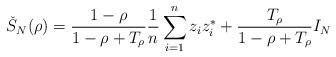
LaTeX: \begin{align*}\check{S}_N(\rho) &= \frac{1-\rho}{1-\rho+T_\rho} \frac1n\sum_{i=1}^n z_iz_i^* + \frac{T_\rho}{1-\rho+T_\rho} I_N\end{align*}